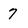
Character: 7